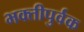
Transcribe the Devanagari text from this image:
भक्‍तीपुर्वक